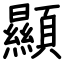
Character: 顯